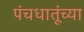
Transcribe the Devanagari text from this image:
पंचधातूंच्या